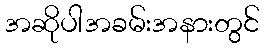
အဆိုပါအခမ်းအနားတွင်